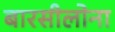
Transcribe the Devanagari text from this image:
बारसीलोना